Lock hospitals Punjab
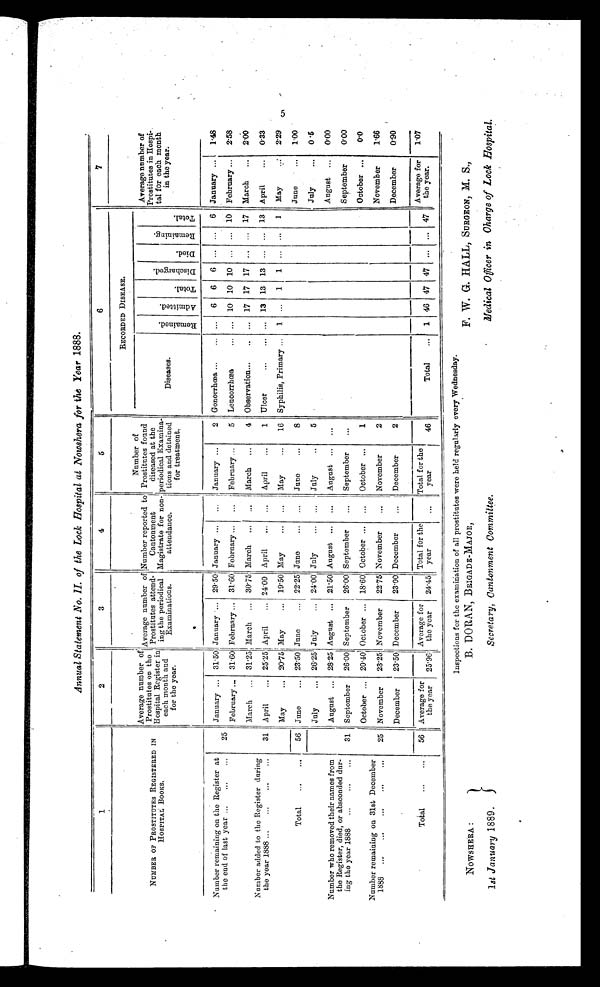
Annual Statement No. II. of the Lock Hospital at Nowshera for the Year 1888.
1
2
3
4
5
6
7
NUMBER OF PROSTITUTES REGISTERED IN
HOSPITAL BOOKS.
Average number
of Prostitutes
on the Hospital Register in
each month and
for the year.
Average number of
prostitutes attend-
mg the periodical
Examinations.
Number reported to
Cantonment
Magistrate for non-
attendance.
Number of
Prostitutes found
diseased at the
periodical Examina-
tions and detained
for treatment.
RECORDED DISEASE.
Average number of
Prostitutes in Hospi
tal for each month
in the year.
Diseases.
R e m a i n e d . Admi t t ed.
Tot al .
D i s c h a r g e d .
D i e d .
R e m a i n i n g .
Tot al .
Number remaining on the Register at
the end of last year...
25
January
31.50 January
29.50 January
... January
2 Gonorrhœa...
...
6
6
6 ... ...
6 January
1.48
February
31.60 February
31.60 February
... February
5 Leucorrhœa...
. . .
10 10 10 ... ... 10 February
2.58
Number added to the Register during
the year 1888...
31
March
31.25 March
30.75 March
... March
4 Observation...
... 17 17 17 ... ... 17 March
2.00
April
25.25 April
24.00 April
. . . April
1 Ulcer...
... 13 13 13 ... ... 13 April
0.33
May
20.75 May
19.50 May
... May
16 Syphilis, Primary ... 1 ... 1 1 ... ... 1 May
2.29
Total...
56 June
23.50 June
22.25 June
. . . June
8
June
1.00
July
26.25 July
24.001 July
... July
5
July
0.5
Number who removed their names from
the Register, died, or absconded dur-
ing the year 1888...
31
August
28.25 August
21.50 August
. . . August
. . .
August
0.00
September 26.00 September 26.00 September
...
September
. . .
September
0.00
Number remaining on 31st December
1888...
25
October
20 40 October
18.60 October
...
October
1
October
0.0
November
23.15 November 22.75 November
... November
2
November
1.66
December
23.50 December
23.00 December
... December
2
December
0.90
Total...
56
I
Average for
the year
25.96
Average for
the year
24.451
Total for the
year
...
Total for the
year
46
Total... 1 46 47 47 ... ... 47
Average for
the year.
1.07
5
N O W S H E R A :
1st January 1889.
Inspections for the examination of all prostitutes were held regularly every Wednesday.
B. DORAN, BRIGADE-MAJOR,
Secretary, Cantonment Committee.
F. W. G. HALL, SURGEON, M. S.,
Medical Officer in Oharge of Lock Hospital.